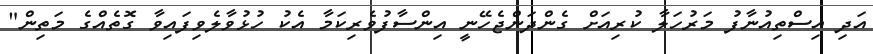
އަދި އިސްތިއުނާފު މަރުހަލާ ކުރިއަށް ގެންދަންޖެހޭނީ އިންސާފުވެރިކަމާ އެކު ހުޅުވާލެވިފައިވާ ގޮތެއްގެ މަތިން"